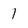
Character: 1